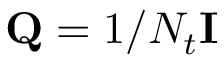
\mathbf { Q } = 1 / N _ { t } \mathbf { I }